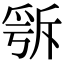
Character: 𣂭